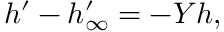
h ^ { \prime } - h _ { \infty } ^ { \prime } = - Y h ,